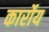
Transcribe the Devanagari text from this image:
कार्रोय